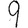
Digit: 9